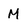
Character: M